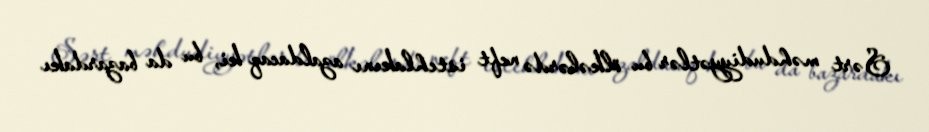
Sərt məhdudiyyətlər bu ölkələrdə neft istehlakını azaldacaq ki, bu da bazardakı